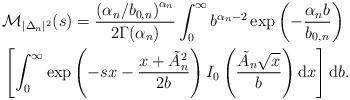
LaTeX: \begin{align*}& \mathcal{M}_{|\Delta_n|^2}(s) = \frac{\left({\alpha_n}/{b_{0,n}}\right)^{\alpha_n}}{2\Gamma(\alpha_n)}\int_0^{\infty}b^{\alpha_n-2}\exp\left(-\frac{\alpha_n b}{b_{0,n}}\right)\\&\left[\int_0^{\infty} \exp\left(-sx-\frac{x+\tilde{A}_n^2}{2b}\right)I_0\left(\frac{\tilde{A}_n\sqrt{x}}{b}\right)\mathrm{d}x\right] \mathrm{d}b.\end{align*}